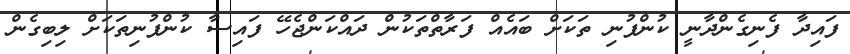
ފައިދާ ފެނިގެންދާނީ ކުންފުނި ތަކަށް ބައެއް ފަރާތްތަކުން ދައްކަންޖެހޭ ފައިސާ ކުންފުނިތަކަށް ލިބިގެން